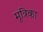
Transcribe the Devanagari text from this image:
मृत्रिका